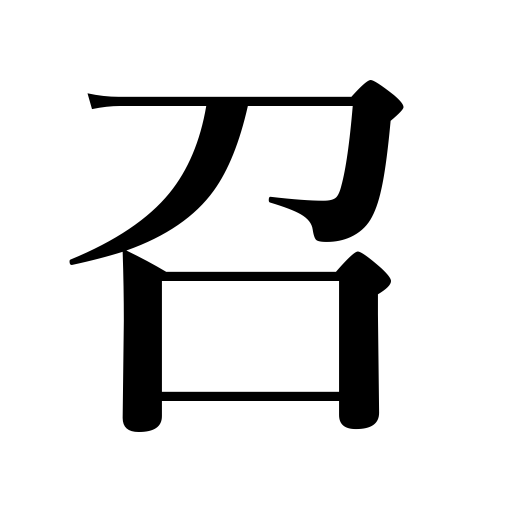
Meanings: buy,drink,send for,put on,ride in,wear,eat,catch a cold,take a bath,call